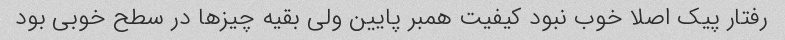
رفتار پیک اصلا خوب نبود کیفیت همبر پایین ولی بقیه چیزها در سطح خوبی بود